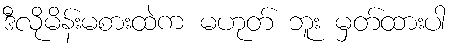
ဒီလိုမိန်းမစားထဲက မဟုတ် ဘူး မှတ်ထားပါ